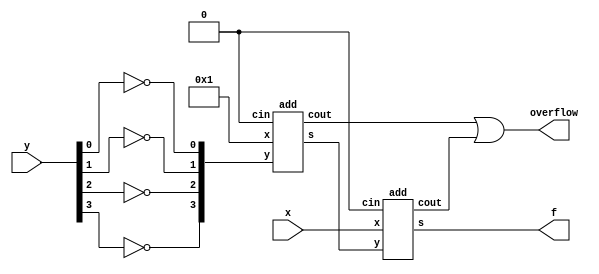
/* ========================================================= */
/*                 32BIT SUBTRACTOR MODULE                   */
/* ========================================================= */
module sub(x,y,f,overflow);
	input [3:0] x,y;
	wire [3:0] x, y, one, ynot,ynotplusone;
	wire overflow1,overflow2,zero;
	output [3:0] f;
	output overflow;
	assign one = 4'b1;
	assign zero = 1'b0;

	not(ynot[0],y[0]);
	not(ynot[1],y[1]);
	not(ynot[2],y[2]);
	not(ynot[3],y[3]);
	
	add adder0(one,ynot,ynotplusone,overflow1,zero);
	add adder1(x,ynotplusone,f,overflow2,zero);
	
	or(overflow, overflow1, overflow2);
	
	/* FOR TESTING:
	//assign x = 4'b1001;
	//assign y = 4'b0011;
	initial
		begin
		$monitor($time,,"x=%b, y=%b, f=%b, overflow=%b, overflow1=%b, overflow2=%b",x,y,f,overflow,overflow1,overflow2);
		end
	*/
endmodule

/* ========================================================= */
/*              UNCHANGED DEPENDENCY MODULES                 */
/* ========================================================= */
module add(x,y,s,cout,cin);
	input [3:0] x,y;
	output [3:0] s;
	input cin;
	output cout;
	wire c[3:0];
	
	fulladder f0 (x[0],y[0],cin,s[0],c[0]);
	fulladder f1 (x[1],y[1],c[0],s[1],c[1]);
	fulladder f2 (x[2],y[2],c[1],s[2],c[2]);
	fulladder f3 (x[3],y[3],c[2],s[3],cout);
endmodule

module fulladder(a, b, c, s, cout);
	input a, b, c;
	output s, cout;

	xor #1
		g1(w1, a, b),
		g2(s, w1, c);
	and #1
		g3(w2, c, b),
		g4(w3, c, a),
		g5(w4, a, b);
	or #1
		g6(cout, w2, w3, w4);
endmodule